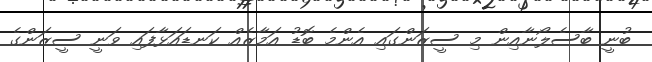
ބުނީ ބާސެލޯނާއިން މި ސީޒަންގައި އެންމެ ބޮޑު އަމާޒެއް ކަނޑައަޅާފައި ވަނީ ސީޒަންގެ